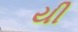
યી